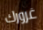
غرورك